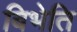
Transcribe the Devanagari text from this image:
बिभेति